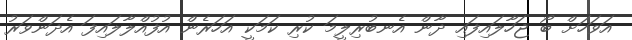
އަވަހަށް ބޯ ޖަހާލައިފައި ދާން އެނބުރިލީމަ ކުރި ކަމަކީ އަހަރެން އުފުއްލާލައިފަ އެދަންވަރު